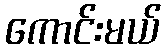
ကောင်းမယ်